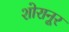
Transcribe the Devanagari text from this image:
शोरानूर